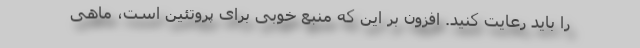
را باید رعایت کنید. افزون بر این که منبع خوبی برای پروتئین است، ماهی